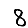
Digit: 8